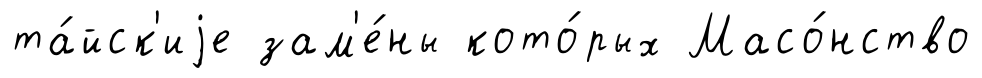
та́йск'иjе зам'е́ны кото́рых Масо́нство